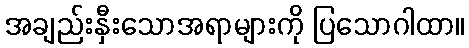
အချည်းနှီးသောအရာများကို ပြသောဂါထာ။